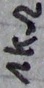
Text: 1kΩ